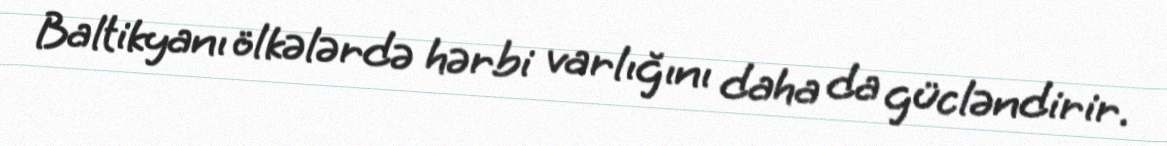
Baltikyanı ölkələrdə hərbi varlığını daha da gücləndirir.